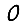
Digit: 0